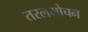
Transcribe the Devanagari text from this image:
तरलमोचन